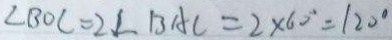
\angle B O C = 2 \angle B A C = 2 \times 6 0 ^ { \circ } = 1 2 0 ^ { \circ }